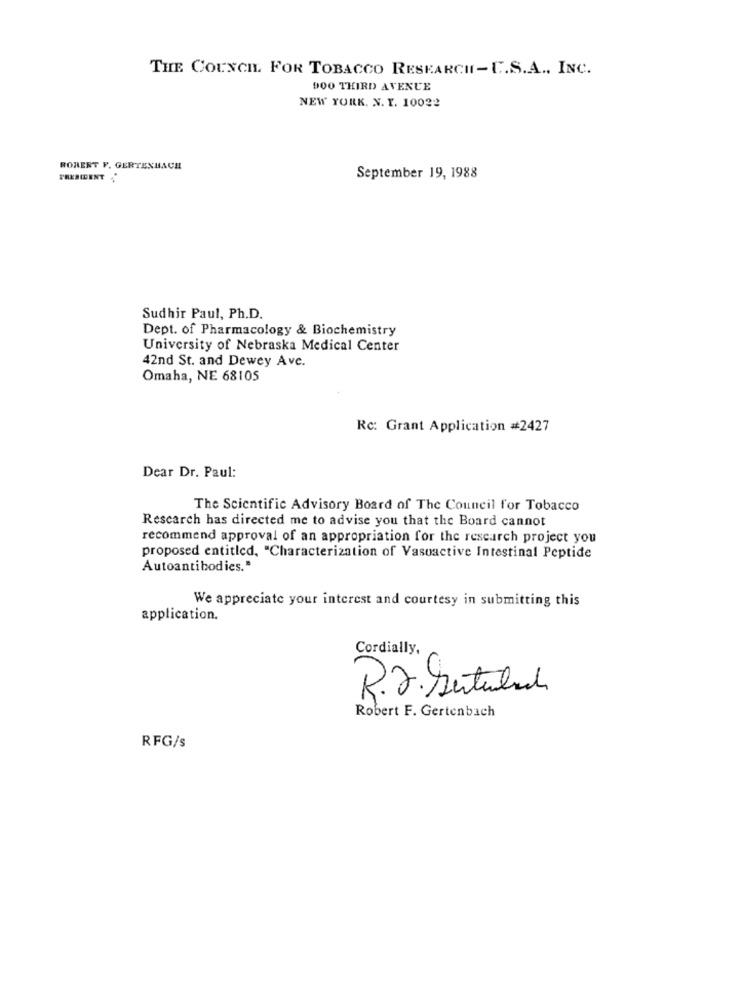
THE COUNCIL FOR TOBACCO RESEARCH-C.S.A ., INC.
900 THIRD AVENUE
NEW YORK, N. Y. 10022
ROBERT F. GERTENBACH
PRESIDENT
September 19, 1988
Sudhir Paul, Ph.D.
Dept. of Pharmacology & Biochemistry
University of Nebraska Medical Center
42nd St. and Dewey Ave.
Omaha, NE 68105
Rc: Grant Application #2427
Dear Dr. Paul:
The Scientific Advisory Board of The Council for Tobacco
Rescarch has directed me to advise you that the Board cannot
recommend approval of an appropriation for the research project you
proposed entitled, "Characterization of Vasoactive Intestinal Peptide
Autoantibodies."
We appreciate your interest and courtesy in submitting this
application.
Cordially,
R.J. Setubal
Robert F. Gertenbach
RFG/s